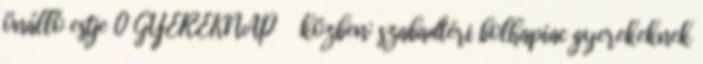
önálló estje 0 GYEREKNAP közben: szabadtéri bolhapiac gyerekeknek